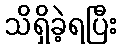
သိရှိခဲ့ရပြီး